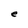
Character: e